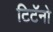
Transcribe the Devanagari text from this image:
टिटॅनो